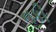
નકી